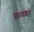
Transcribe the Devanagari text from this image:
मानवणारे